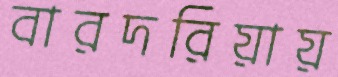
বারদরিয়ায়